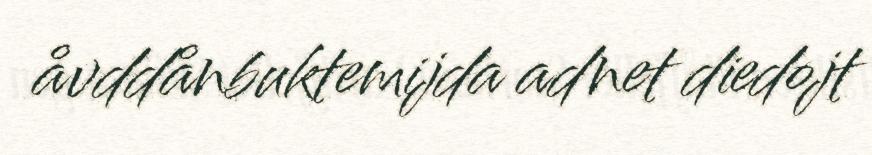
åvddånbuktemijda adnet diedojt